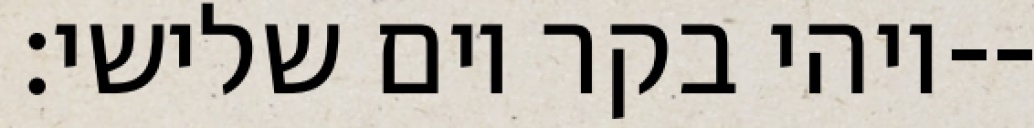
ויהי בקר יום שלישי׃--